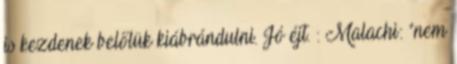
is kezdenek belőlük kiábrándulni. Jó éjt. : Malachi: "nem